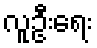
လူဦးရေး